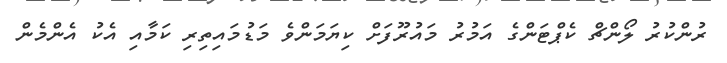
ރުންކުރު ލޯންޗް ކެޕްޓަންގެ އަމުރު މައުރޫފަށް ކިޔަމަންވެ މަޑުމައިތިރި ކަމާއި އެކު އެންމެން